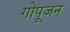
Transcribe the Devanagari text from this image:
गोपूजन